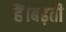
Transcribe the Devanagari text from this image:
हैं।बढ़ती